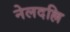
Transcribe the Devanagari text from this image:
नेलदल्लि